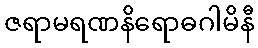
ဇရာမရဏနိရောဓဂါမိနီ